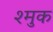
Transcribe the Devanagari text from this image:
श्मुक